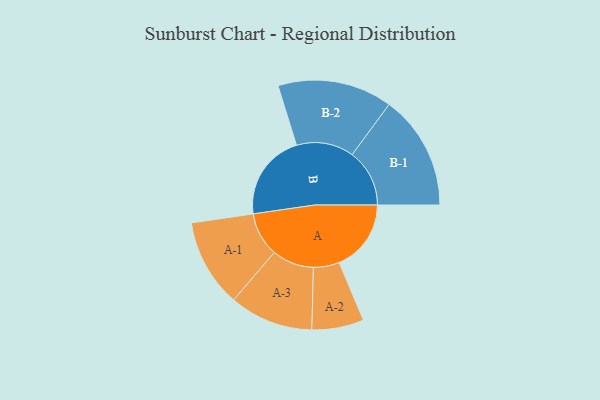
{"axis": {"x": "Segment", "y": "Value"}, "legend": ["", "A", "B"], "data": [{"x": "A", "y": 302, "type": ""}, {"x": "B", "y": 364, "type": ""}, {"x": "A-1", "y": 185, "type": "A"}, {"x": "A-2", "y": 109, "type": "A"}, {"x": "A-3", "y": 176, "type": "A"}, {"x": "B-1", "y": 241, "type": "B"}, {"x": "B-2", "y": 241, "type": "B"}]}